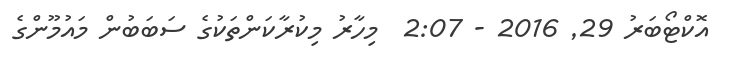
އޮކްޓޯބަރު 29